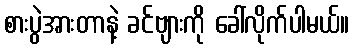
စားပွဲအားတာနဲ့ ခင်ဗျားကို ခေါ်လိုက်ပါမယ်။